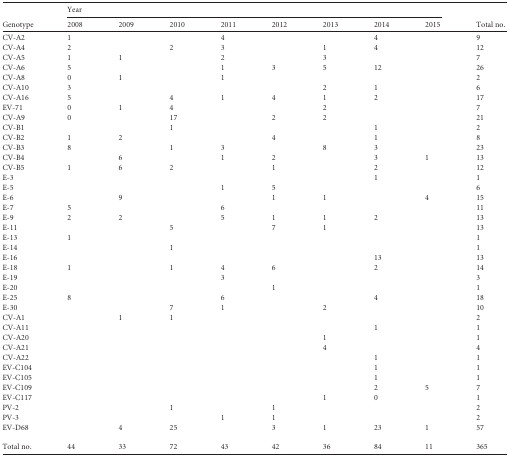
<table><thead><tr><td rowspan="2"><b>Genotype</b></td><td colspan="8"><b>Year</b></td><td rowspan="2"><b>Total no.</b></td></tr><tr><td><b>2008</b></td><td><b>2009</b></td><td><b>2010</b></td><td><b>2011</b></td><td><b>2012</b></td><td><b>2013</b></td><td><b>2014</b></td><td><b>2015</b></td></tr></thead><tbody><tr><td>CV-A2</td><td>1</td><td></td><td></td><td>4</td><td></td><td></td><td>4</td><td></td><td>9</td></tr><tr><td>CV-A4</td><td>2</td><td></td><td>2</td><td>3</td><td></td><td>1</td><td>4</td><td></td><td>12</td></tr><tr><td>CV-A5</td><td>1</td><td>1</td><td></td><td>2</td><td></td><td>3</td><td></td><td></td><td>7</td></tr><tr><td>CV-A6</td><td>5</td><td></td><td></td><td>1</td><td>3</td><td>5</td><td>12</td><td></td><td>26</td></tr><tr><td>CV-A8</td><td>0</td><td>1</td><td></td><td>1</td><td></td><td></td><td></td><td></td><td>2</td></tr><tr><td>CV-A10</td><td>3</td><td></td><td></td><td></td><td></td><td>2</td><td>1</td><td></td><td>6</td></tr><tr><td>CV-A16</td><td>5</td><td></td><td>4</td><td>1</td><td>4</td><td>1</td><td>2</td><td></td><td>17</td></tr><tr><td>EV-71</td><td>0</td><td>1</td><td>4</td><td></td><td></td><td>2</td><td></td><td></td><td>7</td></tr><tr><td>CV-A9</td><td>0</td><td></td><td>17</td><td></td><td>2</td><td>2</td><td></td><td></td><td>21</td></tr><tr><td>CV-B1</td><td></td><td></td><td>1</td><td></td><td></td><td></td><td>1</td><td></td><td>2</td></tr><tr><td>CV-B2</td><td>1</td><td>2</td><td></td><td></td><td>4</td><td></td><td>1</td><td></td><td>8</td></tr><tr><td>CV-B3</td><td>8</td><td></td><td>1</td><td>3</td><td></td><td>8</td><td>3</td><td></td><td>23</td></tr><tr><td>CV-B4</td><td></td><td>6</td><td></td><td>1</td><td>2</td><td></td><td>3</td><td>1</td><td>13</td></tr><tr><td>CV-B5</td><td>1</td><td>6</td><td>2</td><td></td><td>1</td><td></td><td>2</td><td></td><td>12</td></tr><tr><td>E-3</td><td></td><td></td><td></td><td></td><td></td><td></td><td>1</td><td></td><td>1</td></tr><tr><td>E-5</td><td></td><td></td><td></td><td>1</td><td>5</td><td></td><td></td><td></td><td>6</td></tr><tr><td>E-6</td><td></td><td>9</td><td></td><td></td><td>1</td><td>1</td><td></td><td>4</td><td>15</td></tr><tr><td>E-7</td><td>5</td><td></td><td></td><td>6</td><td></td><td></td><td></td><td></td><td>11</td></tr><tr><td>E-9</td><td>2</td><td>2</td><td></td><td>5</td><td>1</td><td>1</td><td>2</td><td></td><td>13</td></tr><tr><td>E-11</td><td></td><td></td><td>5</td><td></td><td>7</td><td>1</td><td></td><td></td><td>13</td></tr><tr><td>E-13</td><td>1</td><td></td><td></td><td></td><td></td><td></td><td></td><td></td><td>1</td></tr><tr><td>E-14</td><td></td><td></td><td>1</td><td></td><td></td><td></td><td></td><td></td><td>1</td></tr><tr><td>E-16</td><td></td><td></td><td></td><td></td><td></td><td></td><td>13</td><td></td><td>13</td></tr><tr><td>E-18</td><td>1</td><td></td><td>1</td><td>4</td><td>6</td><td></td><td>2</td><td></td><td>14</td></tr><tr><td>E-19</td><td></td><td></td><td></td><td>3</td><td></td><td></td><td></td><td></td><td>3</td></tr><tr><td>E-20</td><td></td><td></td><td></td><td></td><td>1</td><td></td><td></td><td></td><td>1</td></tr><tr><td>E-25</td><td>8</td><td></td><td></td><td>6</td><td></td><td></td><td>4</td><td></td><td>18</td></tr><tr><td>E-30</td><td></td><td></td><td>7</td><td>1</td><td></td><td>2</td><td></td><td></td><td>10</td></tr><tr><td>CV-A1</td><td></td><td>1</td><td>1</td><td></td><td></td><td></td><td></td><td></td><td>2</td></tr><tr><td>CV-A11</td><td></td><td></td><td></td><td></td><td></td><td></td><td>1</td><td></td><td>1</td></tr><tr><td>CV-A20</td><td></td><td></td><td></td><td></td><td></td><td>1</td><td></td><td></td><td>1</td></tr><tr><td>CV-A21</td><td></td><td></td><td></td><td></td><td></td><td>4</td><td></td><td></td><td>4</td></tr><tr><td>CV-A22</td><td></td><td></td><td></td><td></td><td></td><td></td><td>1</td><td></td><td>1</td></tr><tr><td>EV-C104</td><td></td><td></td><td></td><td></td><td></td><td></td><td>1</td><td></td><td>1</td></tr><tr><td>EV-C105</td><td></td><td></td><td></td><td></td><td></td><td></td><td>1</td><td></td><td>1</td></tr><tr><td>EV-C109</td><td></td><td></td><td></td><td></td><td></td><td></td><td>2</td><td>5</td><td>7</td></tr><tr><td>EV-C117</td><td></td><td></td><td></td><td></td><td></td><td>1</td><td>0</td><td></td><td>1</td></tr><tr><td>PV-2</td><td></td><td></td><td>1</td><td></td><td>1</td><td></td><td></td><td></td><td>2</td></tr><tr><td>PV-3</td><td></td><td></td><td></td><td>1</td><td>1</td><td></td><td></td><td></td><td>2</td></tr><tr><td>EV-D68</td><td></td><td>4</td><td>25</td><td></td><td>3</td><td>1</td><td>23</td><td>1</td><td>57</td></tr><tr><td>Total no.</td><td>44</td><td>33</td><td>72</td><td>43</td><td>42</td><td>36</td><td>84</td><td>11</td><td>365</td></tr></tbody></table>